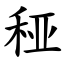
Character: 䅉